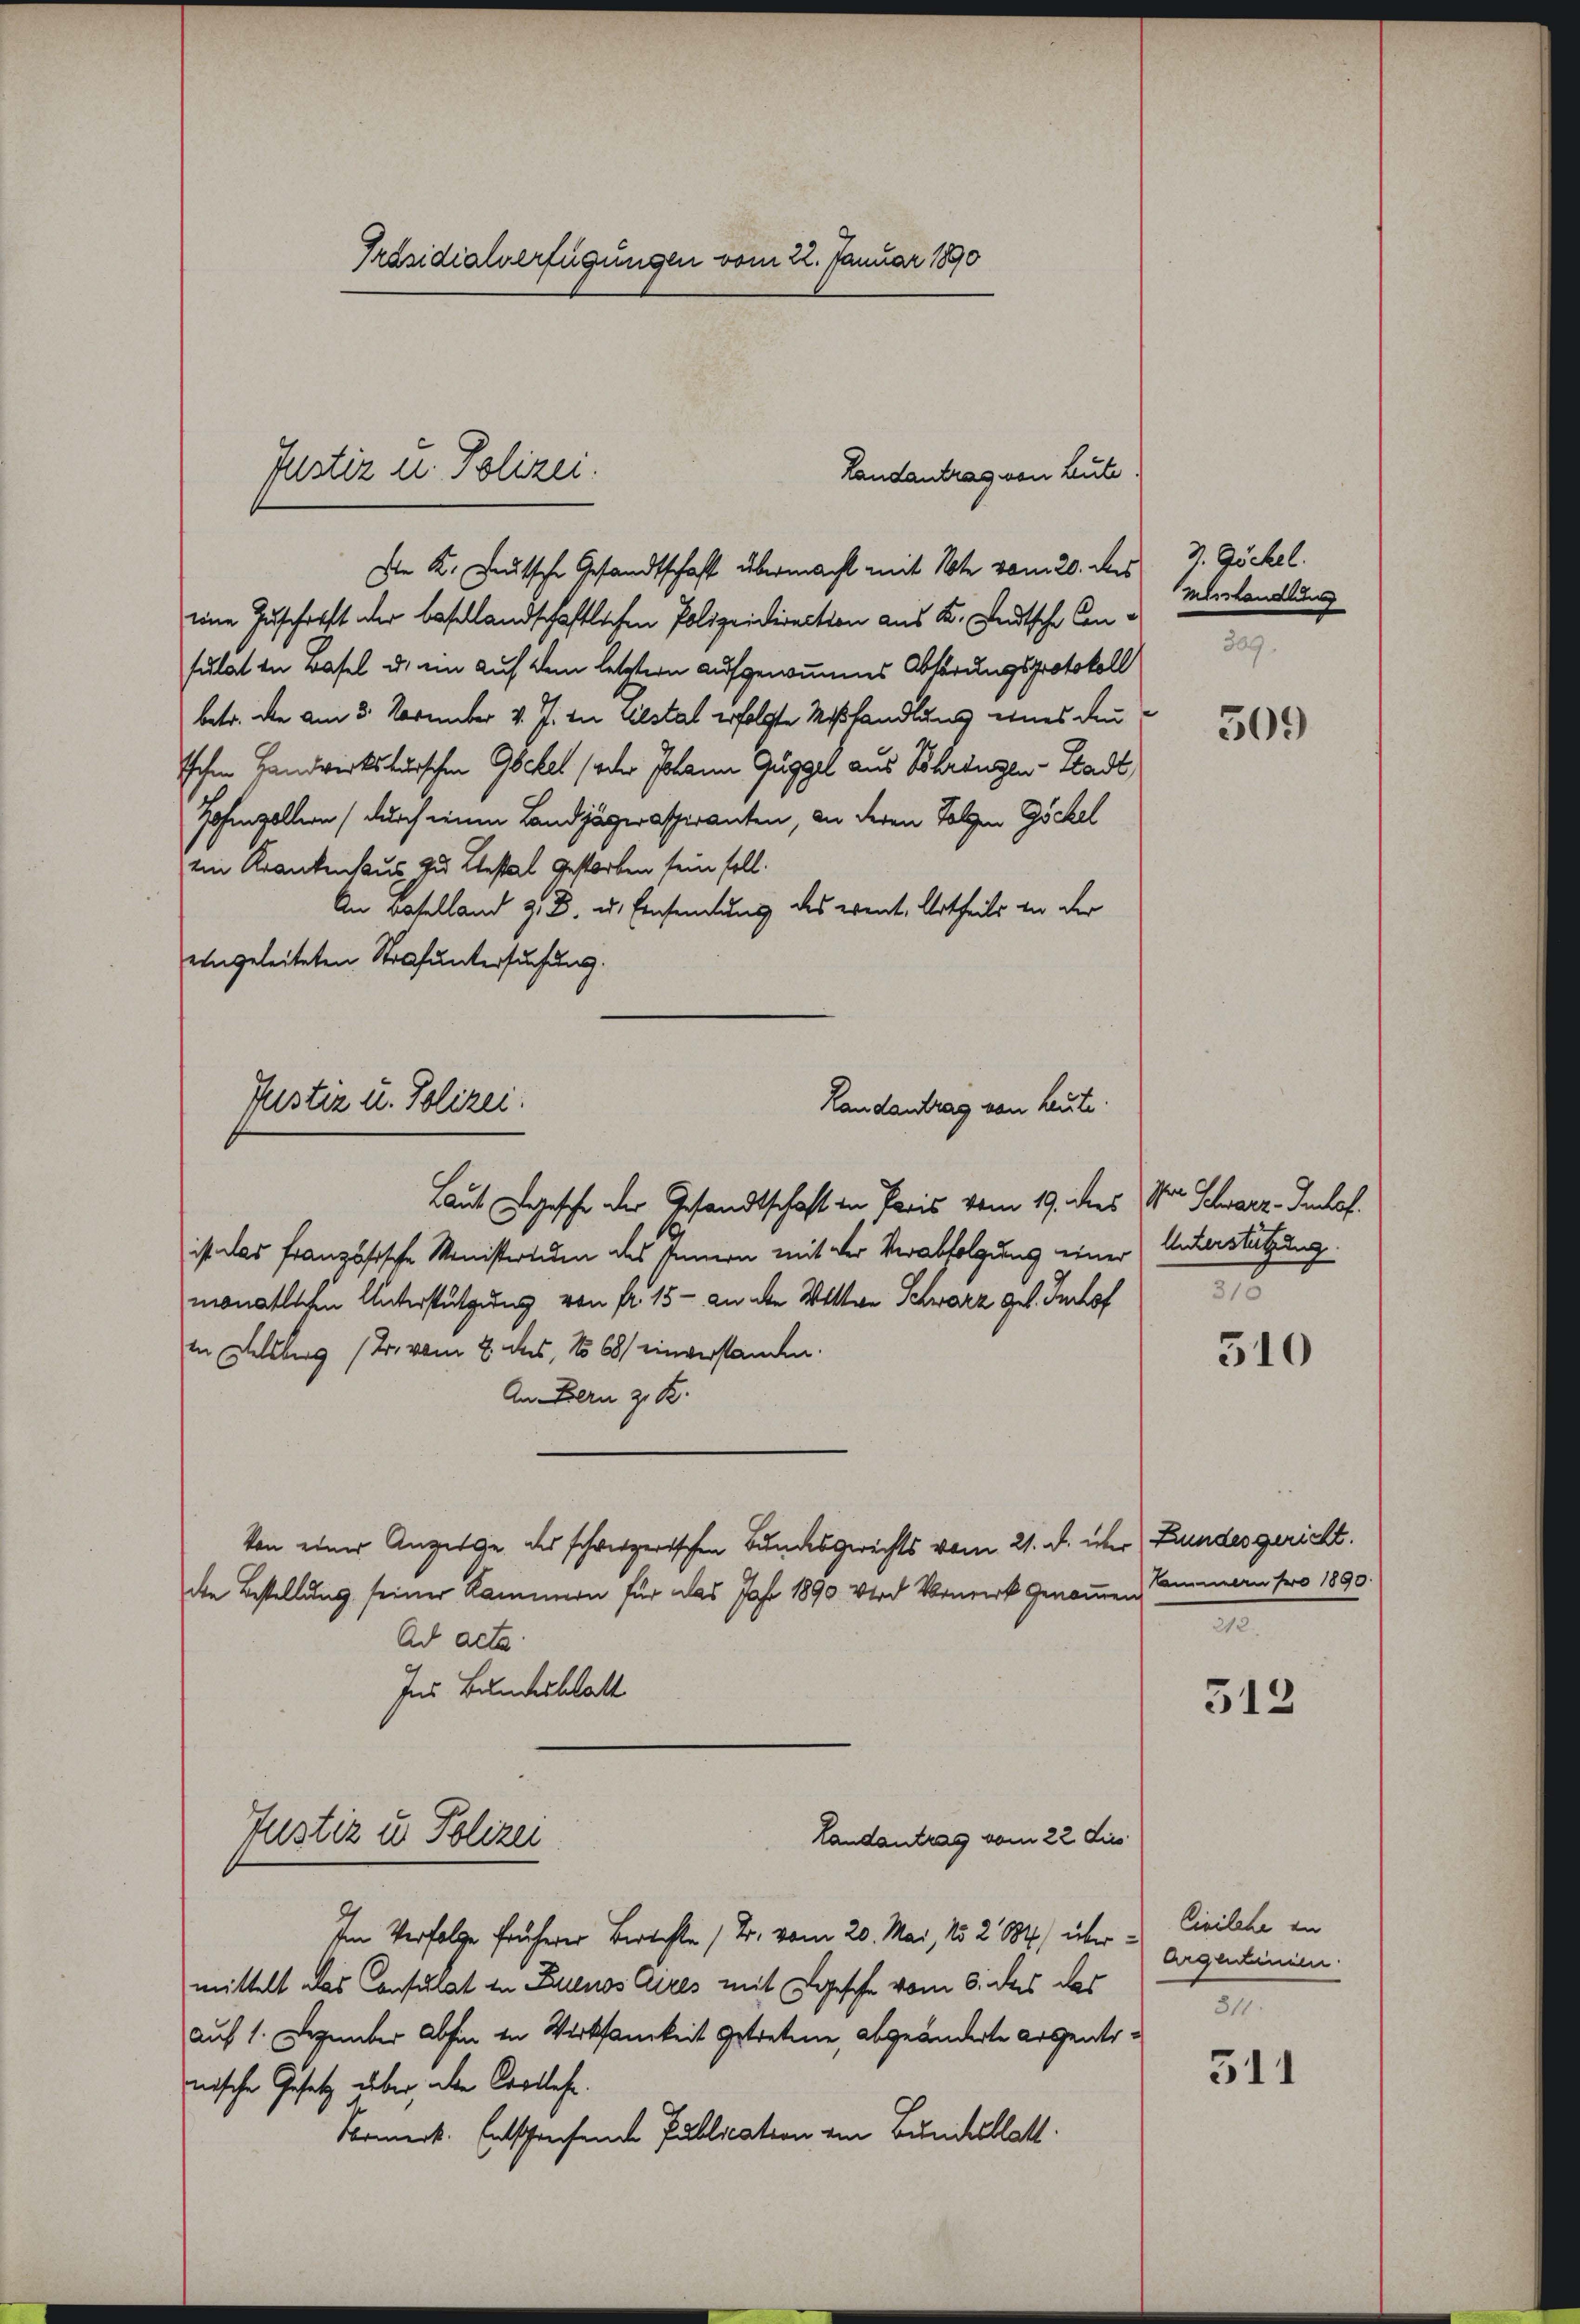
Präsidialverfügungen vom 22. Januar 1890

Die K. Deutsche Gesandtschaft übermacht mit Note vom 20. des J. Jöckel.
eine Zuschrift der besellandschaftlichen Polizeidirection aus K. Landtsche Consulat in Basel u. ein auf dem letztern aufgenommenes Abhörungsprotokoll
betr. die am 3. November v. J. du testal erfolgte Mißhandlung eines den
Ichen Handwirkskurschen Gschet (oder Johann Guggel aus Schringen - Stadt
Hohenzollern (durch einen Landjägeraspiranten, an deren Folgen Göckel
ein Krankenhaus zu Testal Gestorben sein soll.
An Baselland z. B. u. Einsamung des event. Urtheils von der
eingeleiteten Strafuntersuchung.
Laut Logische der Gesandtschaft in Paris vom 19. dies
ist das französische Ministerium des Innern mit der Verabfolgung einer (Unterstützung
monatlichen Unterstützung von fr. 15 - an die Wittwe Schwarz geb. Imhof
in Delsburg (Dr. vom 2. des, No 68) einverstanden.
An Bern z. B.
Von einer Anzeige des schweizerischen Bundesgerichts vom 21. d. über Bundesgericht.
den Bestellung seiner Kammern für das Jahr 1890. Wird Vormerk genommen
Ad acta
Ins Bundesblatt
Justiz u. Polizei
Landantrag vom 22. dies
Im Verfolge früherer Berechte (T. vom 20. Mai, 15. 2884) über u. Civilche an
mittelt das Consulat in Buenos Aires mit Logische vom 6. das das
auf 1. Dezember abhin in Wirksamkeit getretene, abgeänderte Arsentsnische Gesetz über aber Colles.
Normerk. Entschreifende Publication von Buchellatt.

Justiz u. Polizei.
Landantrag von Lute.

Justiz u. Polizei.
Randantrag von heute.

misshandlung
309.

509

Ihre Schwarz Imhof.
8

510

Nammen pro 1890.
.

313

Argentinien.
811.

311